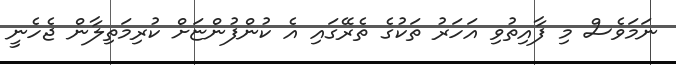
ނަމަވެސް މި ފާއިތުވި އަހަރު ތަކުގެ ތެރޭގައި އެ ކުންފުންޏަށް ކުރިމަތިލާން ޖެހެނީ